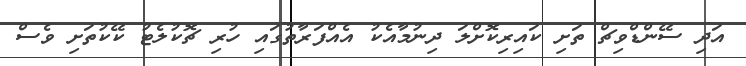
އަދި ސޭންޑްވިޗް ތަށި ކައިރިކޮށްލަ ދިނުމާއެކު އެއްފަރާތުގައި ހުރި ޗޮކުލެޓު ކޭކުތަށި ވެސް